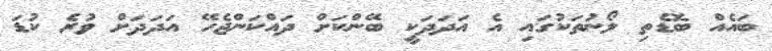
ބައެއް ބޮޑެތި ލޯނުތަކުގައި އެ އަދަދަކީ ބޭންކަށް ދައްކަންޖެހޭ އަދަދަށް ވުރެ ކުޑަ